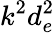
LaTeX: k^{2}d_{e}^{2}